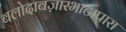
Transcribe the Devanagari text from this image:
बलोदाबज़ारभाटापारा